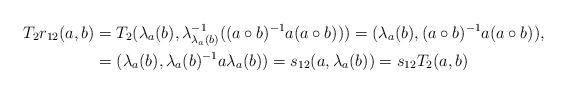
LaTeX: \begin{align*} T_2r_{12}(a,b)&=T_2(\lambda_a(b),\lambda^{-1}_{\lambda_a(b)}( (a\circ b)^{-1}a(a\circ b)))=(\lambda_a(b),(a\circ b)^{-1}a(a\circ b)),\\ &=(\lambda_a(b),\lambda_a(b)^{-1}a\lambda_a(b))=s_{12}(a,\lambda_a(b))=s_{12}T_2(a,b) \end{align*}